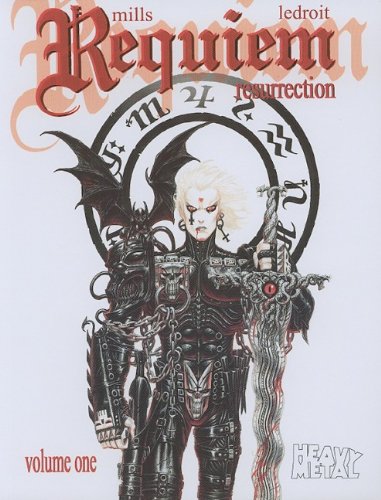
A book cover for Requiem 1: Resurrection; Mills; Arts & Photography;